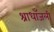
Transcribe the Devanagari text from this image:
श्राधाँजली